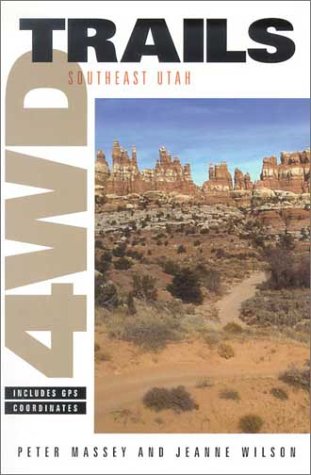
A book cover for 4WD Trails: Southeast Utah; Peter Massey; Travel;